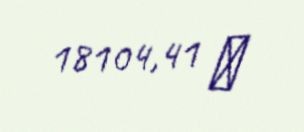
18104,41 ₼